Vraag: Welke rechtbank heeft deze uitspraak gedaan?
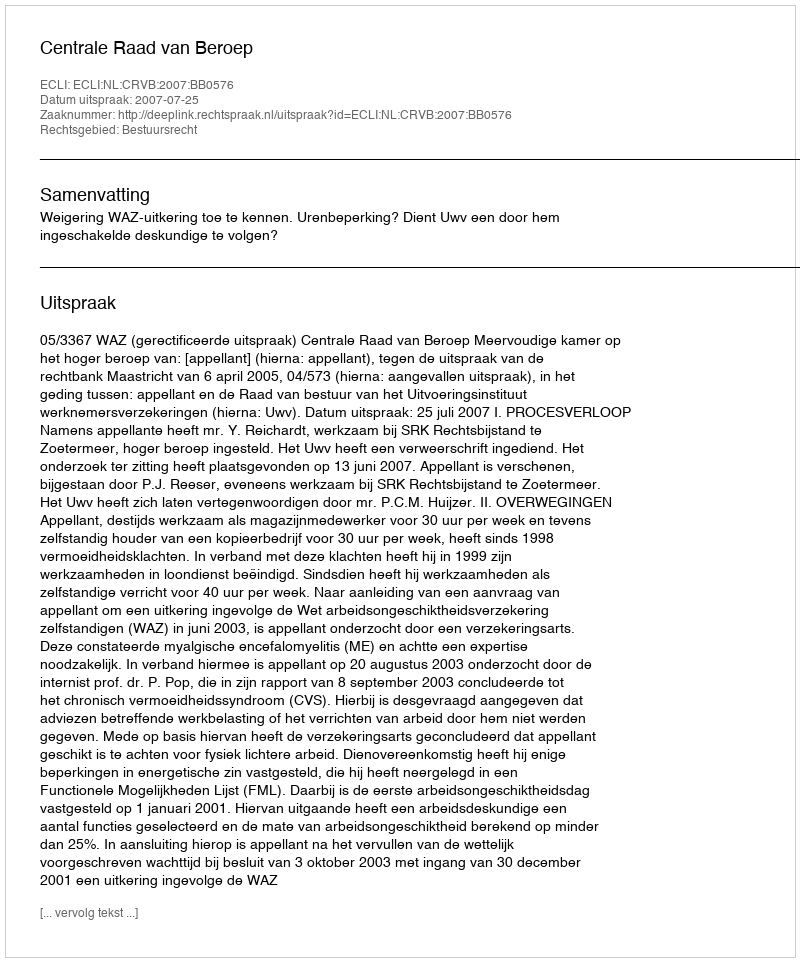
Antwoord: Centrale Raad van Beroep